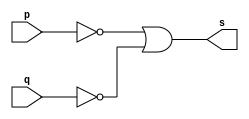
// ---------------------
// GUIA 02 
// Nome: Luiz Marques de Oliveira
// ---------------------

// ---------------------
// -- NAND FEITA DE NOR 
// --------------------	-

module nandgate (s, p,q);
 output s;
 input  p,q;
 wire temp1,temp2,temp3;
 nor NOR1 (temp1,p);
 nor NOR2 (temp2,q);
 nor NOR3 (temp3,temp1,temp2);
 
 assign s = ~(temp3 | temp3);
 
 endmodule // nandgate
 


// ---------------------
// -- test NAND gate
// ---------------------

module testnandgate;
 reg   a,b;
 wire  s;
 
          // instancia
			 
 nandgate NAND1  (s, a,b);

 
   // parte principal
 initial begin
      $display("Guia 02-Exercicio 5 ||| Luiz Marques de Oliveira || 417138");
      $display("Test NAND gate feita de NOR");
      $display("\n ~(a&b)=s \n");
      $monitor("~(%b & %b) = %b", a,b,s);
  
     a=0;b=0;
  #1 a=0;b=1;
  #1 a=1;b=0;
  #1 a=1;b=1;
  
 end

endmodule // testnandgate